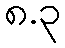
၈.၃